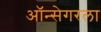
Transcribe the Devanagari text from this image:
ऑन्सेगरला